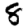
Digit: 8